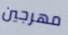
مهرجين